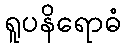
ရူပနိရောဓံ